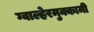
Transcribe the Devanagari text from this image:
ग्वाल्हेरमुक्कामी